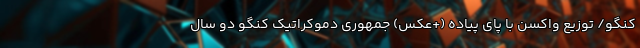
کنگو/ توزیع واکسن با پای پیاده (+عکس) جمهوری دموکراتیک کنگو دو سال